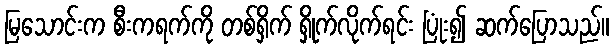
မြသောင်းက စီးကရက်ကို တစ်ရှိက် ရှိုက်လိုက်ရင်း ပြုံး၍ ဆက်ပြောသည်။